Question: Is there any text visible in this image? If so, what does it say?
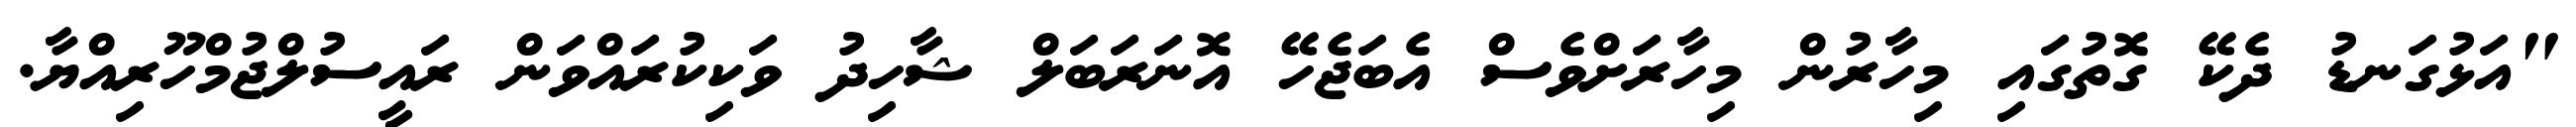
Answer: "އަޅުގަނޑު ދެކޭ ގޮތުގައި މިހާރުން މިހާރަށްވެސް އެބަޖެހޭ އޮނަރަބަލް ޝާހިދު ވަކިކުރައްވަން ރައީސުލްޖުމްހޫރިއްޔާ.